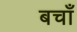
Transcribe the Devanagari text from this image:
बचाँ